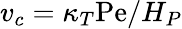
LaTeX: v_{c}=\kappa_{T}\mathrm{Pe}/H_{P}